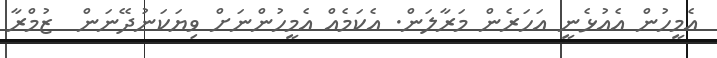
އެމީހުން އެއުޅެނީ އަހަރެން މަރާލަން. އެކަމެއް އެމީހުންނަށް ވިޔަކަނުދޭނަން  ޒުމްރާ